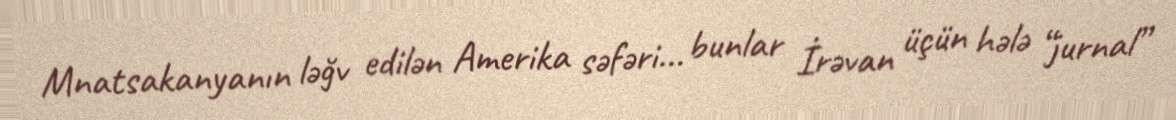
Mnatsakanyanın ləğv edilən Amerika səfəri... bunlar İrəvan üçün hələ “jurnal”